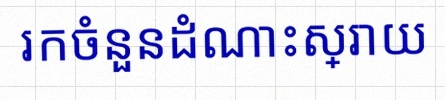
រកចំនួនដំណោះស្រាយ